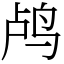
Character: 鸬